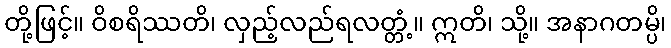
တို့ဖြင့်။ ဝိစရိဿတိ၊ လှည့်လည်ရလတ္တံ့။ ဣတိ၊ သို့။ အနာဂတမ္ပိ၊